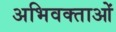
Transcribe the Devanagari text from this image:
अभिवक्ताओं